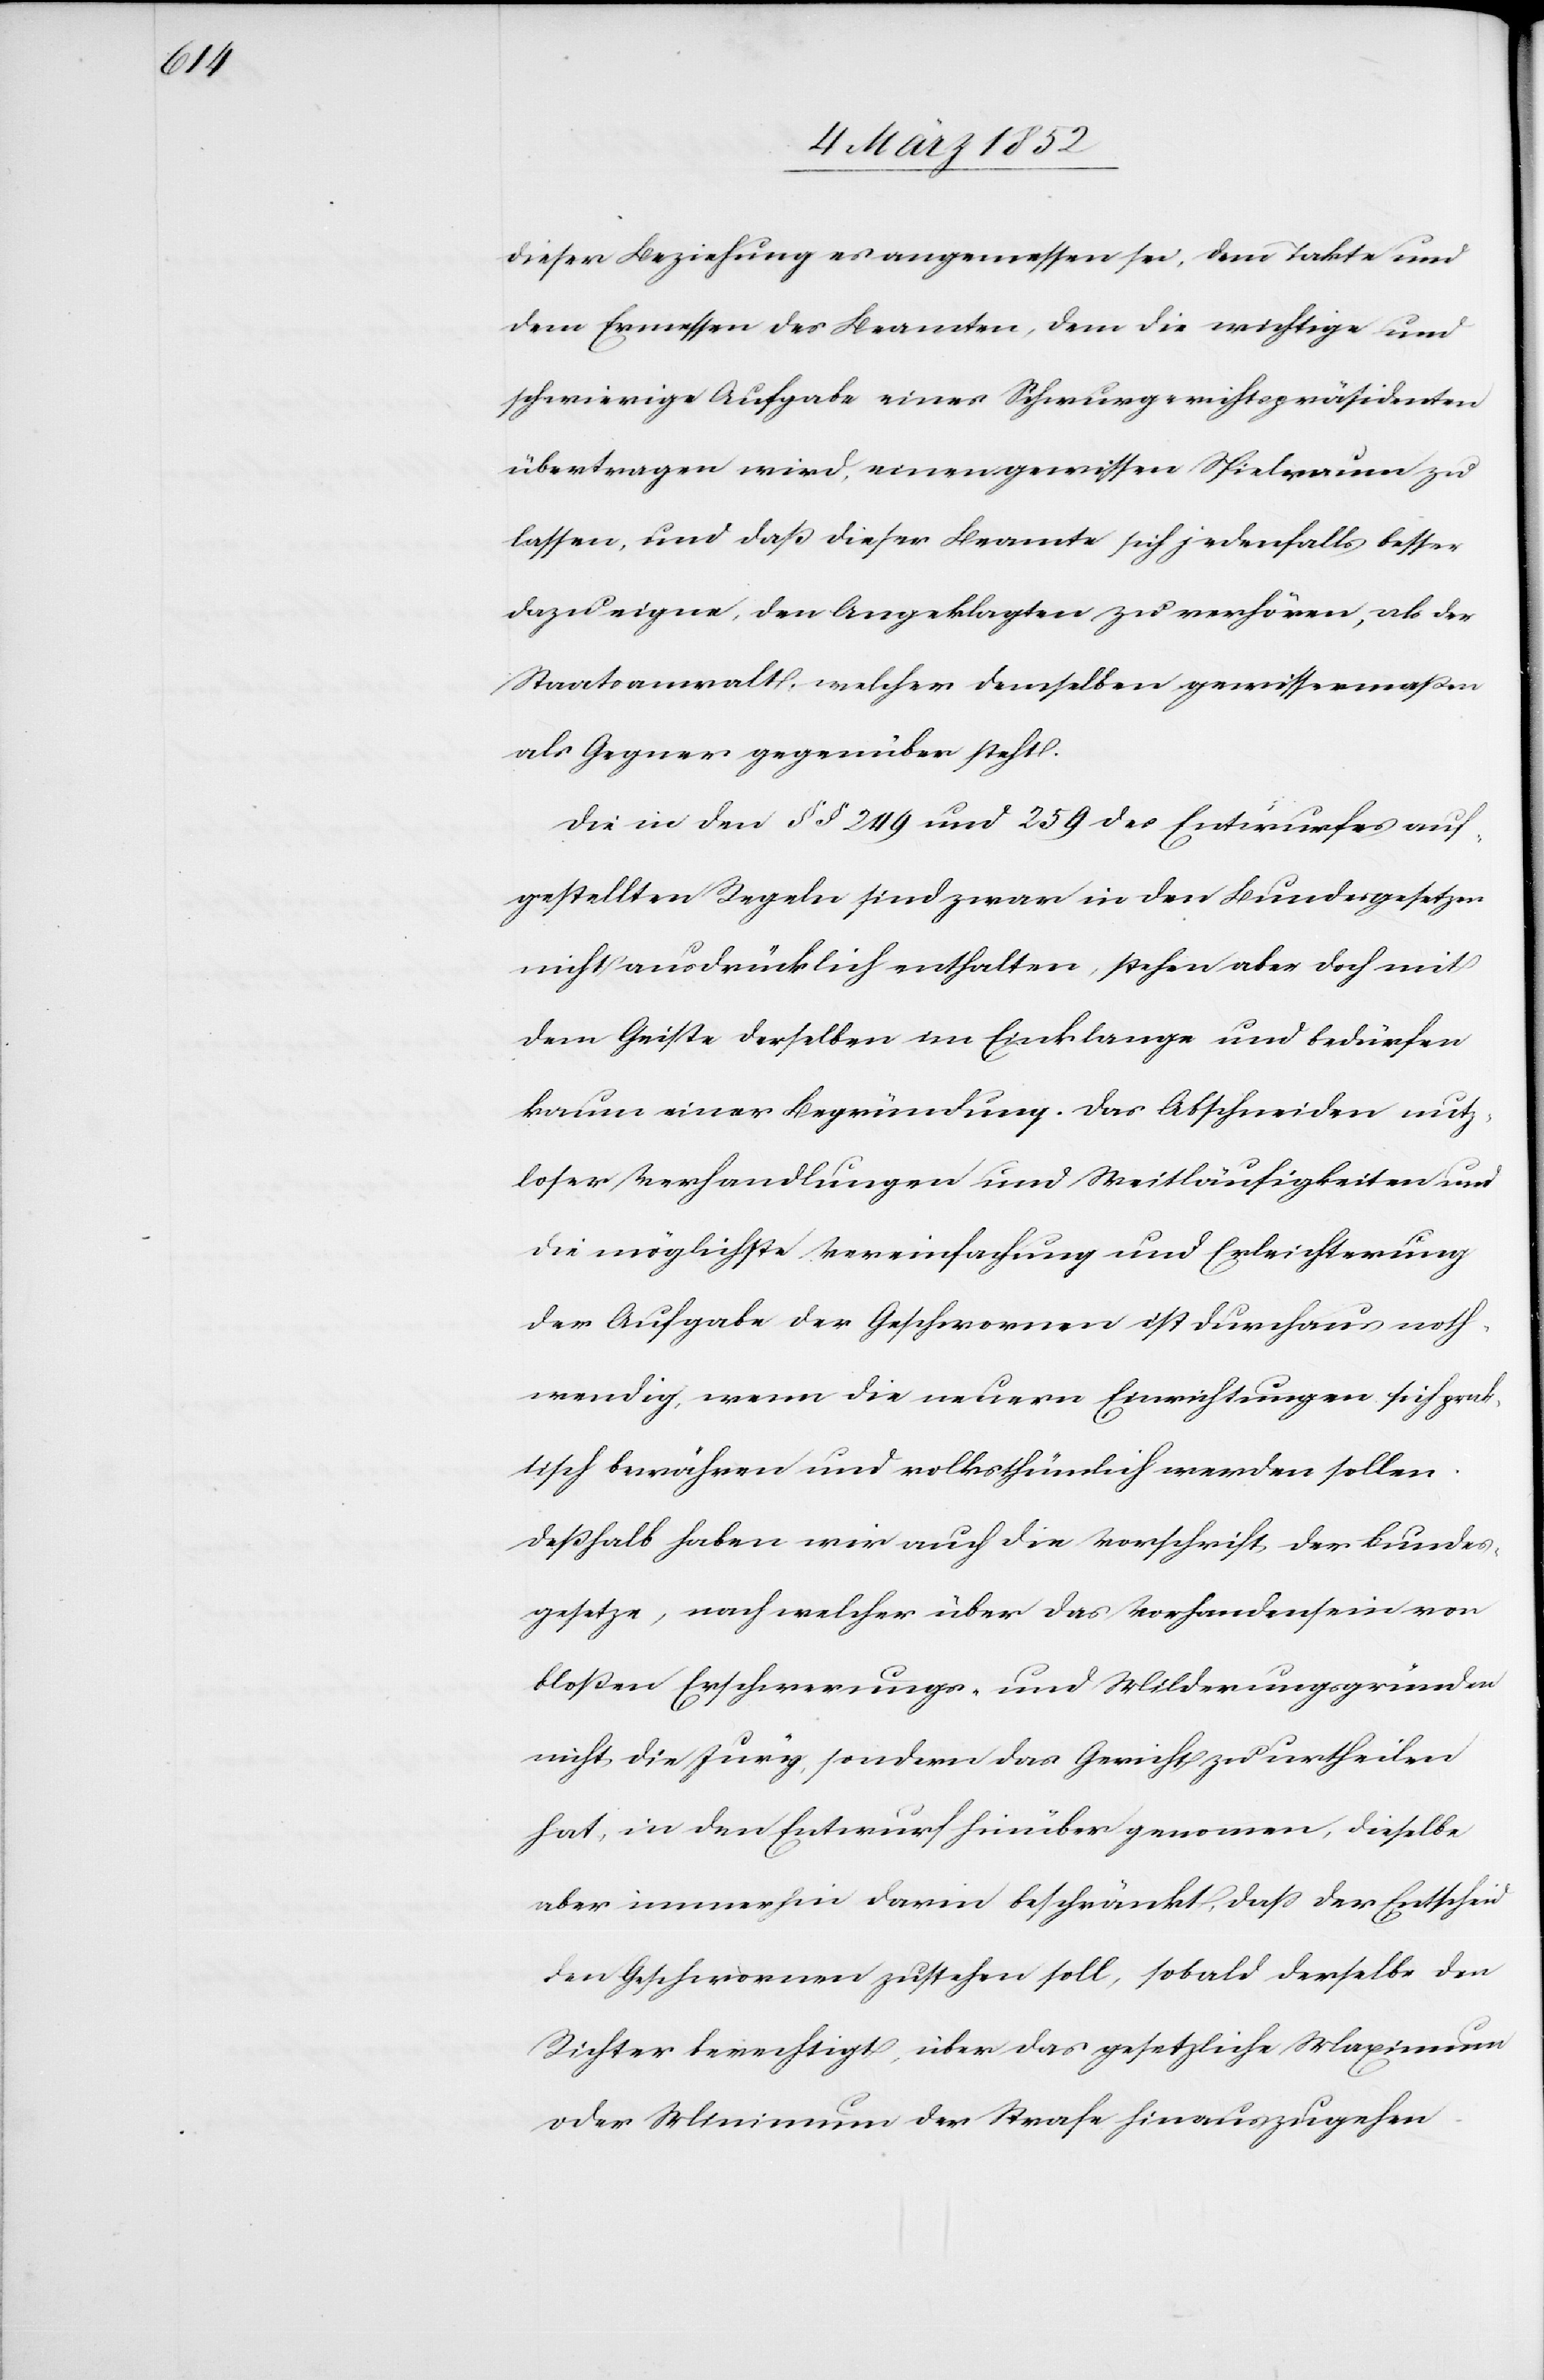
dieser Beziehung es angemessen sei, dem Takte und
dem Ermessen des Beamten, dem die richtige und
schwierige Aufgabe eines Schwurgerichtspräsidenten
übertragen wird, einen gewissen Spielraum zu
lassen, und daß dieser Beamte sich jedenfalls besser
dazu eigne, den Angeklagten zu verhören, als der
Staatsanwalt, welcher demselben gewissermaßen
als Gegner gegenüber steht.
Die in den §§ 249 und 259 des Entwurfes auf¬
gestellten Regeln sind zwar in den Bundesgesetzen
nicht ausdrücklich enthalten, stehen aber doch mit
dem Geiste derselben im Einklange und bedürfen
kaum einer Begründung. Das Abschneiden nutz¬
loser Verhandlungen und Weitläufigkeiten und
die möglichste Vereinfachung und Erleichterung
der Aufgabe der Geschwornen ist durchaus noth¬
wendig, wenn die neuern Einrichtungen sich prak¬
tisch bewähren und volksthümlich werden sollen.
Deßhalb haben wir auch die Vorschrift der Bundes¬
gesetze, nach welcher über das Vorhandensein vor
bloßen Erschwerungs- und Milderungsgründen
nicht die Jury, sondern das Gericht zu urtheilen
hat, in den Entwurf hierüber genom[m]en, dieselbe
aber immerhin darin beschränkt, daß der Entscheid
den Geschwornen zustehen soll, sobald derselbe den
Richter berechtigt, über das gesetzliche Maximum
oder Minimum der Strafe hinaus zu gehen.